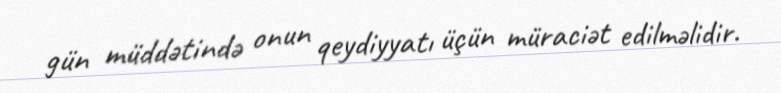
gün müddətində onun qeydiyyatı üçün müraciət edilməlidir.